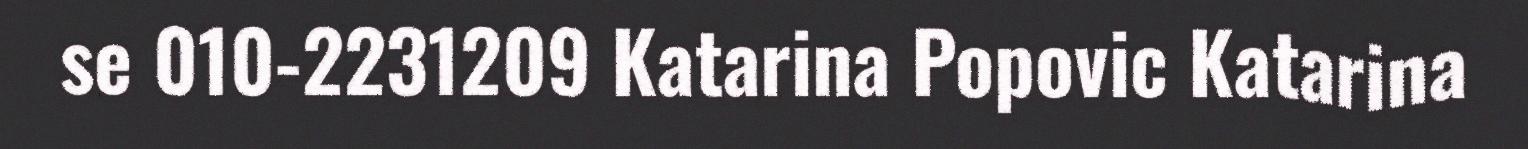
se 010-2231209 Katarina Popovic Katarina